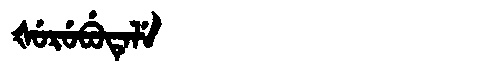
Manchu: ᡧᡠᡵᡠᠪᡠᡨᡝᠯᡝ
Romanization: ŠURUBUTELE